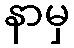
နာမှ